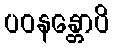
ပဝနန္တောပိ